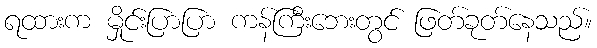
ရထားက မှိုင်းပြာပြာ ကန်ကြီးဘေးတွင် ဖြတ်ခုတ်နေသည်။